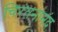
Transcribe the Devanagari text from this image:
चिरंतनानंद